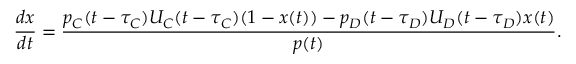
\frac { d x } { d t } = \frac { p _ { C } ( t - \tau _ { C } ) U _ { C } ( t - \tau _ { C } ) ( 1 - x ( t ) ) - p _ { D } ( t - \tau _ { D } ) U _ { D } ( t - \tau _ { D } ) x ( t ) } { p ( t ) } .